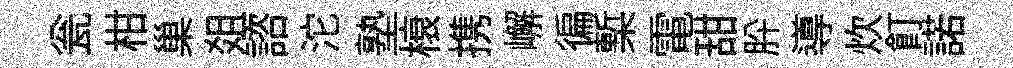
瓮柑巢爼諮沱塾榱携嶰徧槧電甜肸導炊飣諾